Annual report on the Civil Veterinary Department, Burma (including the Insein Veterinary School) - 1932-1941
Year: 1932
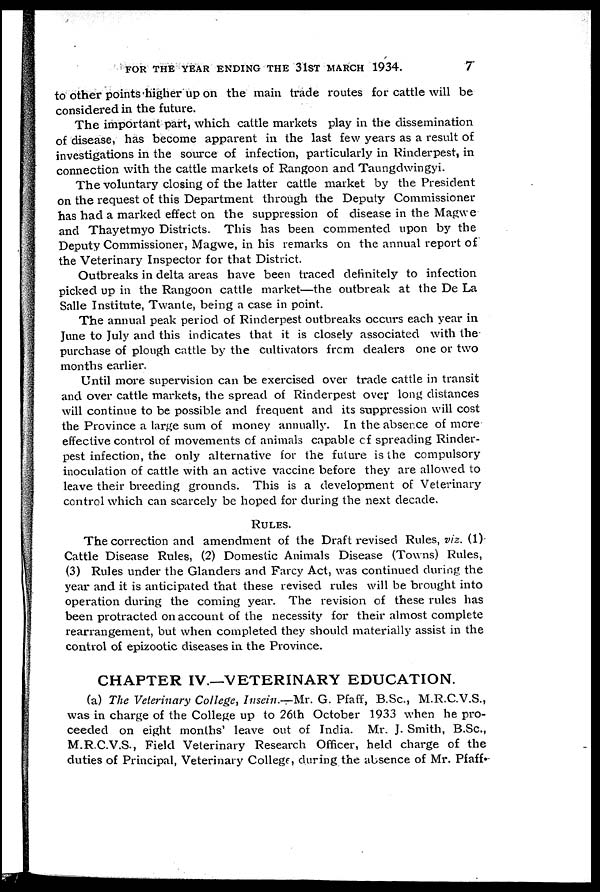
FOR THE YEAR ENDING THE 31ST MARCH 1934.
7
to other points higher up on the main trade routes for cattle will be
considered in the future.
The important part, which cattle markets play in the dissemination
of disease, has become apparent in the last few years as a result of
investigations in the source of infection, particularly in Rinderpest, in
connection with the cattle markets of Rangoon and Taungdwingyi.
The voluntary closing of the latter cattle market by the President
on the request of this Department through the Deputy Commissioner
has had a marked effect on the suppression of disease in the Magwe
and Thayetmyo Districts. This has been commented upon by the
Deputy Commissioner, Magwe, in his remarks on the annual report of
the Veterinary Inspector for that District.
Outbreaks in delta areas have been traced definitely to infection
picked up in the Rangoon cattle market—the outbreak at the De La
Salle Institute, Twante, being a case in point.
The annual peak period of Rinderpest outbreaks occurs each year in
June to July and this indicates that it is closely associated with the
purchase of plough cattle by the cultivators from dealers one or two
months earlier.
Until more supervision can be exercised over trade cattle in transit
and over cattle markets, the spread of Rinderpest over long distances
will continue to be possible and frequent and its suppression will cost
the Province a large sum of money annually. In the absence of mere
effective control of movements of animals capable of spreading Rinder-
pest infection, the only alternative for the future is the compulsory
inoculation of cattle with an active vaccine before they are allowed to
leave their breeding grounds. This is a development of Veterinary
control which can scarcely be hoped for during the next decade.
RULES.
The correction and amendment of the Draft revised Rules, viz. (1)
Cattle Disease Rules, (2) Domestic Animals Disease (Towns) Rules,
(3) Rules under the Glanders and Farcy Act, was continued during the
year and it is anticipated that these revised rules will be brought into
operation during the coming year. The revision of these rules has
been protracted on account of the necessity for their almost complete
rearrangement, but when completed they should materially assist in the
control of epizootic diseases in. the Province.
CHAPTER IV.—VETERINARY EDUCATION.
(a) The Veterinary College, Insein.—Mr. G. Pfaff, B.Sc., M.R.C.V.S.,
was in charge of the College up to 26th October 1933 when he pro-
ceeded on eight months' leave out of India. Mr. J. Smith, B.Sc.,
M.R.C.V.S., Field Veterinary Research Officer, held charge of the
duties of Principal, Veterinary College, during the absence of Mr. Pfaff.